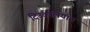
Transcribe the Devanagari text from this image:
दिउकलियान